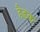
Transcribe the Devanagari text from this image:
हैडक